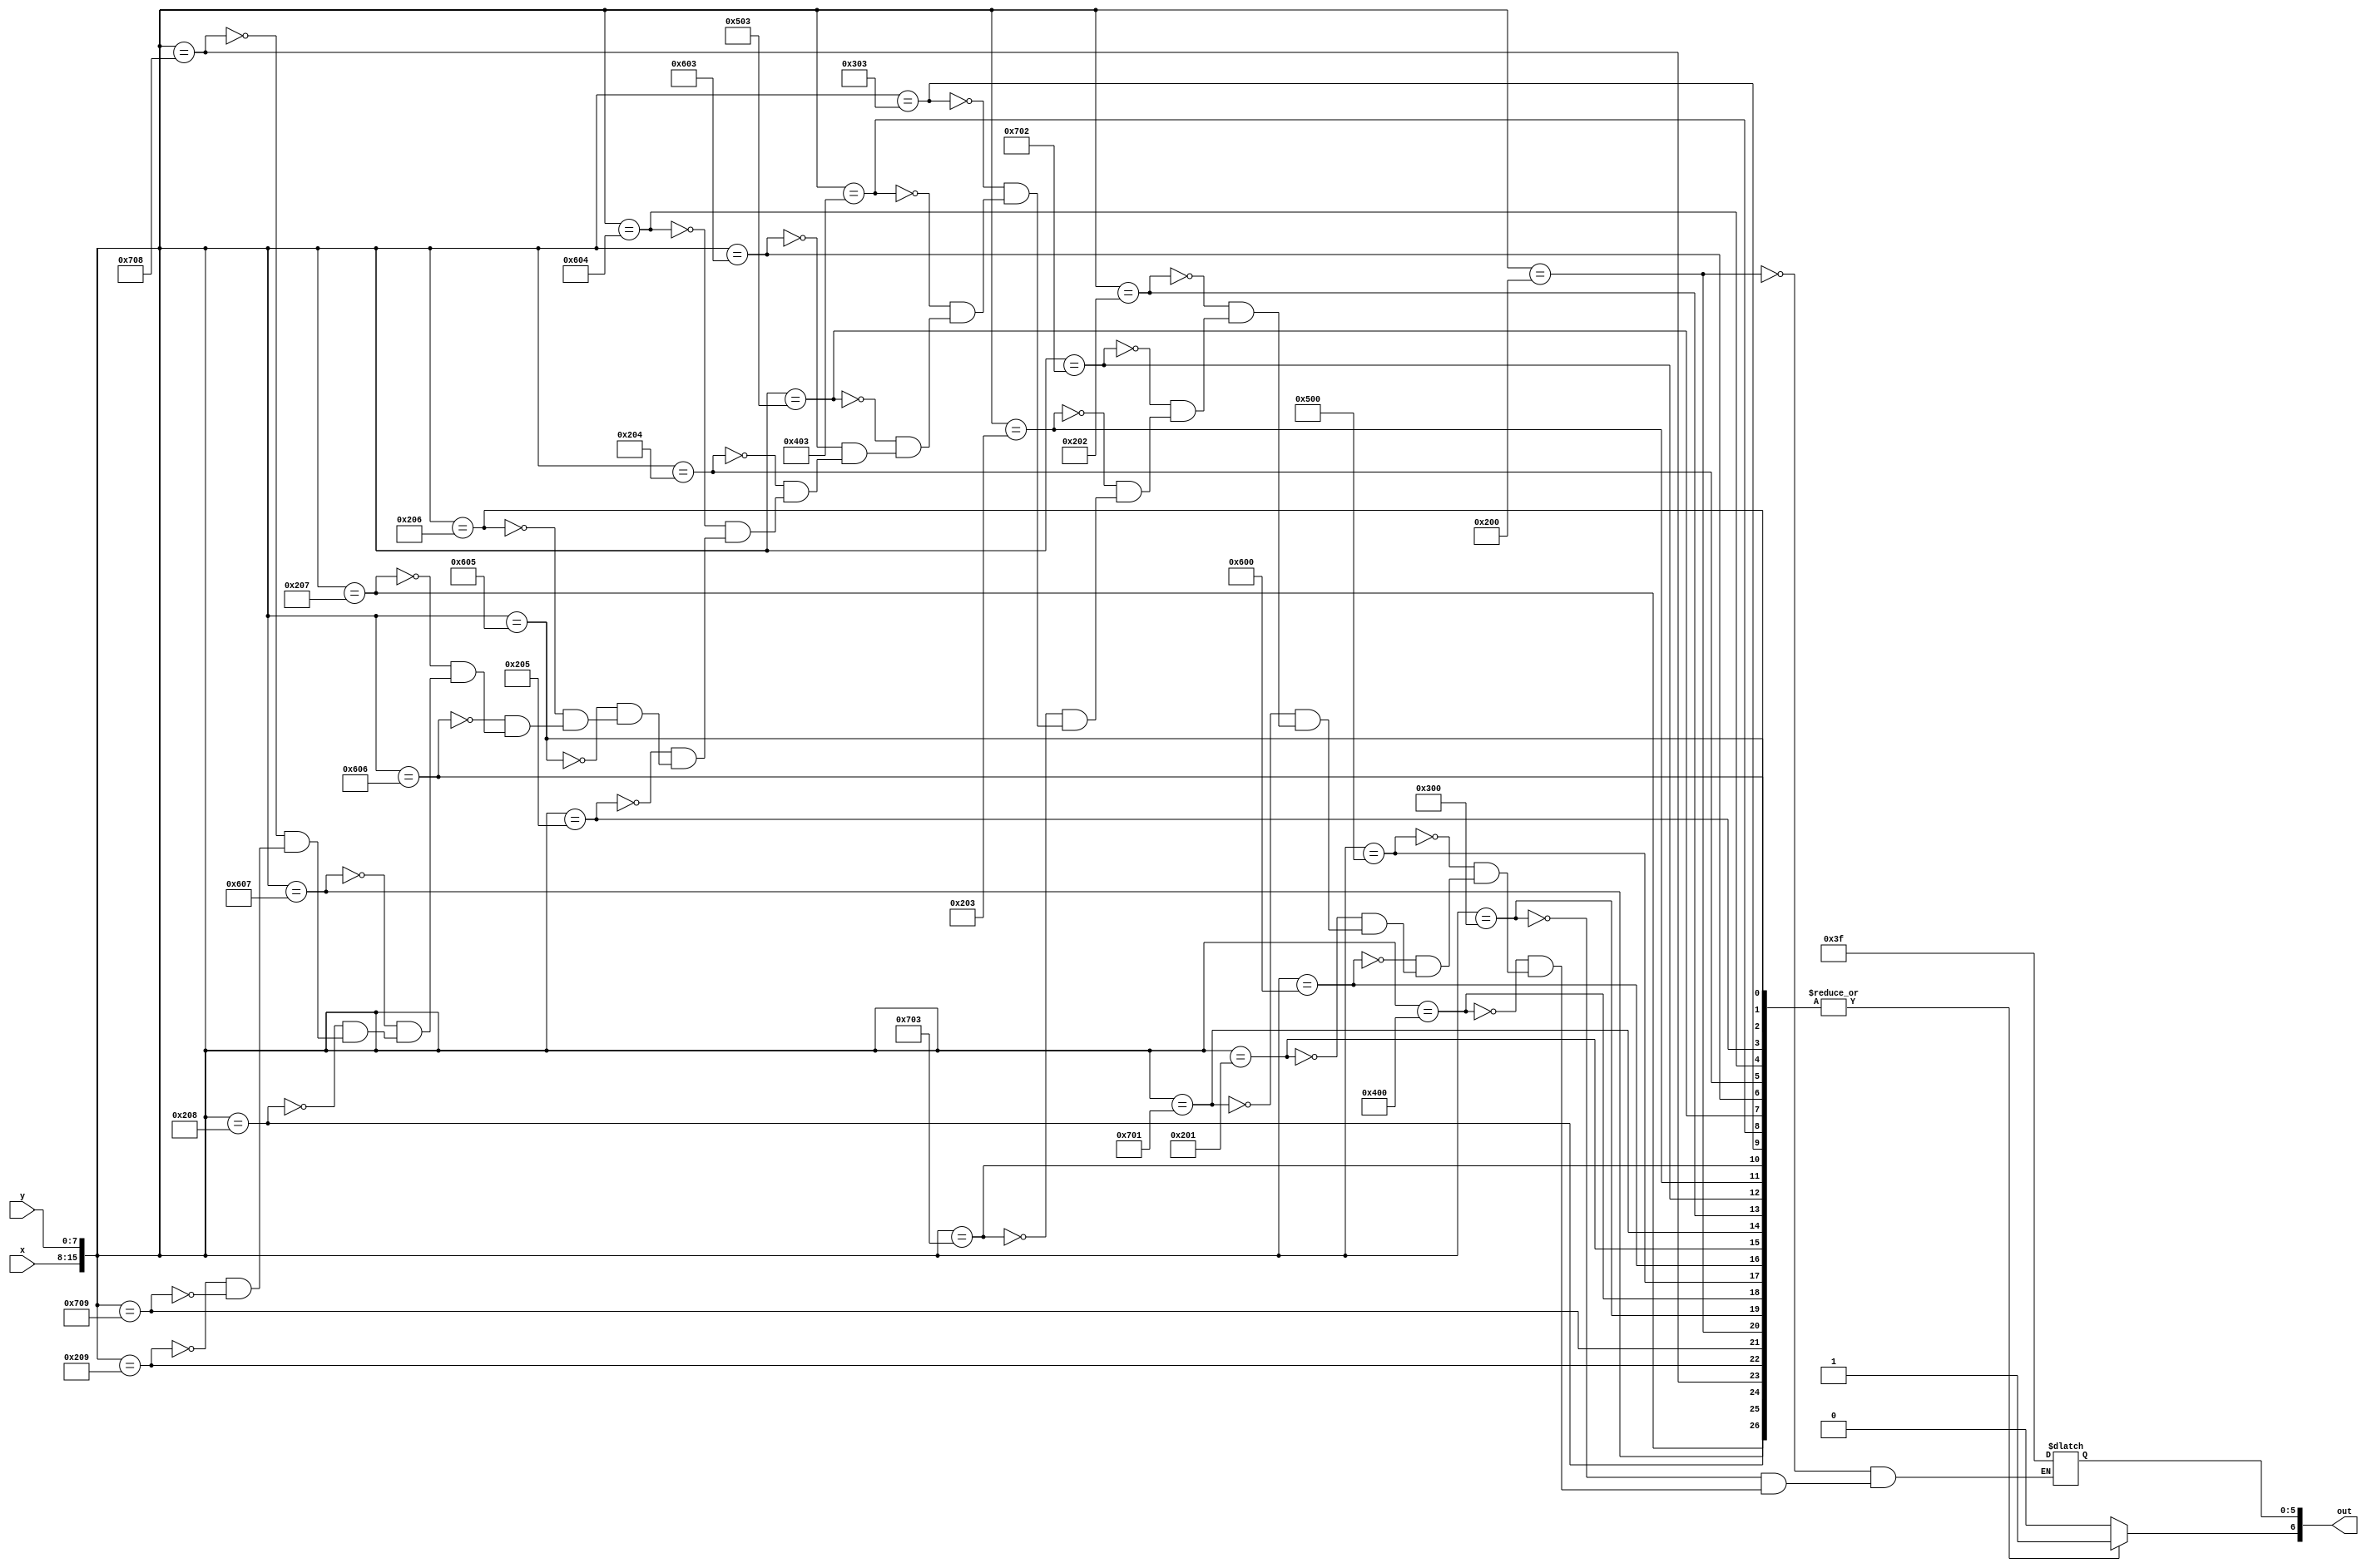
module char_r_lut(x, y, out);
	input [7:0] x;
	input [7:0] y;
	output reg [6:0] out;

	always@(*)
	begin
		out[6] <= 1'b1;
		case({x, y})
			16'h0200: out[5:0] <= 6'b111111;
			16'h0300: out[5:0] <= 6'b111111;
			16'h0400: out[5:0] <= 6'b111111;
			16'h0500: out[5:0] <= 6'b111111;
			16'h0600: out[5:0] <= 6'b111111;
			
			16'h0201: out[5:0] <= 6'b111111;
			16'h0701: out[5:0] <= 6'b111111;
			
			16'h0202: out[5:0] <= 6'b111111;
			16'h0702: out[5:0] <= 6'b111111;

			16'h0203: out[5:0] <= 6'b111111;
			16'h0703: out[5:0] <= 6'b111111;
			
			16'h0203: out[5:0] <= 6'b111111;
			16'h0303: out[5:0] <= 6'b111111;
			16'h0403: out[5:0] <= 6'b111111;
			16'h0503: out[5:0] <= 6'b111111;
			16'h0603: out[5:0] <= 6'b111111;
			
			16'h0204: out[5:0] <= 6'b111111;
			16'h0604: out[5:0] <= 6'b111111;
			
			16'h0205: out[5:0] <= 6'b111111;
			16'h0605: out[5:0] <= 6'b111111;
			
			16'h0206: out[5:0] <= 6'b111111;
			16'h0606: out[5:0] <= 6'b111111;

			16'h0207: out[5:0] <= 6'b111111;
			16'h0607: out[5:0] <= 6'b111111;
			
			16'h0208: out[5:0] <= 6'b111111;
			16'h0708: out[5:0] <= 6'b111111;
			
			16'h0209: out[5:0] <= 6'b111111;
			16'h0709: out[5:0] <= 6'b111111;
			default: out[6] <= 1'b0;
		endcase
	end
endmodule
module char_r(x, y, flush_x, flush_y, colour, enable);
	input [7:0] x;
	input [7:0] y;
	input [7:0] flush_x;
	input [7:0] flush_y;
	
	output [5:0] colour;
	output enable;
	
	wire [6:0] lut_out;
	
	char_r_lut(flush_x - x, flush_y - y, lut_out);
	
	assign colour = lut_out[5:0];
	assign enable = lut_out[6];
endmodule